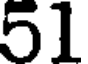
51